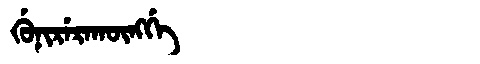
Manchu: ᡤᡠᠨᡳᡵᡝᡵᠠᡴᡡᠩᡤᡝ
Romanization: GUNIRERAKŪNGGE